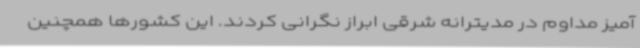
آمیز مداوم در مدیترانه شرقی ابراز نگرانی کردند. این کشورها همچنین